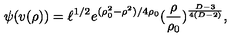
\psi ( v ( \rho ) ) = \ell ^ { 1 / 2 } e ^ { ( \rho _ { 0 } ^ { 2 } - \rho ^ { 2 } ) / 4 \rho _ { 0 } } ( \frac { \rho } { \rho _ { 0 } } ) ^ { { \frac { D - 3 } { 4 ( D - 2 ) } } } ,